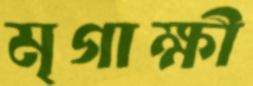
মৃগাক্ষী